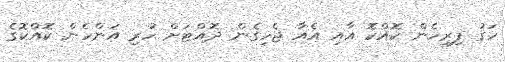
ހަގު ފިރިހެން ކޮއްކޮ އާއި އެއާ ޖެހިގެން ދޮއްޓަށް ހުރި އަންހެން ކޮއްކޮގެ